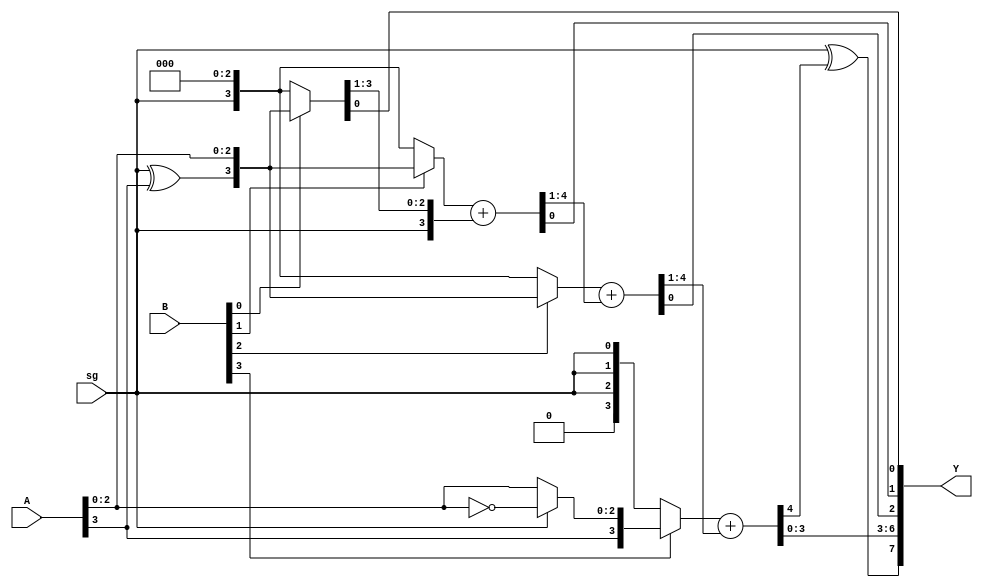
module MUL_Sign #(parameter M=4,N=4)(A,B,sg,Y);
    input [N-1:0]A;
    input [M-1:0]B;
    input sg;
    output [M+N-1:0]Y;
    
   
    // Declare partial products terms, Total partial products are M
	wire [N-1:0]P[0:M-1]; // Bits-size of each partial product is N-bits
	wire [N-1:0]S[0:M-1]; // 

// Generate partial products 


generate
genvar i;
    for(i=0;i<M-1;i=i+1)
    begin:partial_products_gen
    	assign P[i] = B[i] ? {sg^A[N-1],A[N-2:0]}:{sg,{(N-1){1'B0}}};
    end
endgenerate
assign P[M-1] = B[M-1]?{A[N-1],sg?~(A[N-2:0]):A[N-2:0]}:{1'B0,{(N-1){sg}}};

// Add partial products 
    assign {S[0], Y[0]} = {sg, P[0]}; 



generate 
genvar j; 
	for(j = 0; j < M-1; j = j + 1)
	begin: Add_partial_products
		assign {S[j+1], Y[j+1]} = P[j+1] + S[j]; 
	end
endgenerate



wire t; //used store the MSB bit of the result

wire [N+M-1:M]Q; //To store the intermediate result

assign Q[N+M-1:M] = S[M-1];
assign t = sg^Q[N+M-1]; // xor operation of MSB and sign selection bit
assign Y[N+M-1:M] = {t,Q[N+M-2:M]};

endmodule